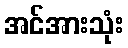
အင်အားသုံး